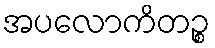
အပလောကိတဉ္စ